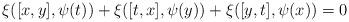
LaTeX: \begin{align*}\xi([x,y],\psi(t)) + \xi([t,x],\psi(y)) + \xi([y,t],\psi(x)) = 0\end{align*}